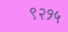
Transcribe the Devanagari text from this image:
९२१५